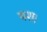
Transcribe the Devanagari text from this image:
यश।